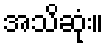
အသိဆုံး။